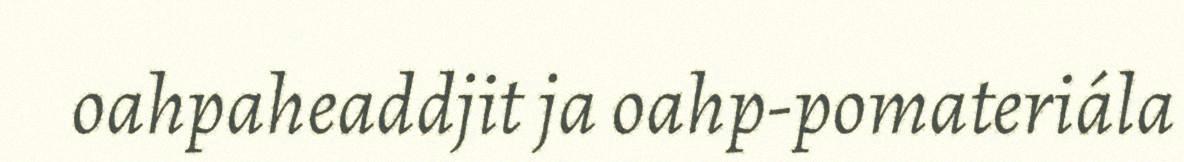
oahpaheaddjit ja oahp-pomateriála